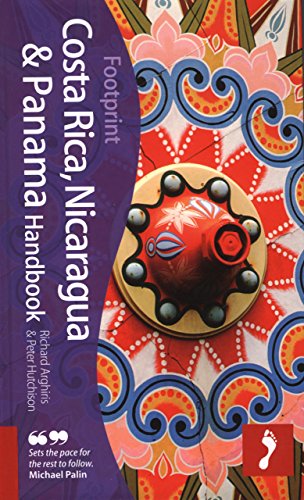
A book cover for Costa Rica, Nicaragua & Panama Handbook: Travel guide to Costa Rica, Nicaragua & Panama (Footprint Costa Rica, Nicaragua & Panama Handbook); Peter Hutchison; Travel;